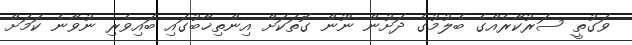
ވަގުތީ ސަރުކާރެއްގެ ބެލުމުގެ ދަށުން ނޫން ގޮތަކަށް އިންތިޚާބުގައި ބައިވެރި ނުވާނެ ކަމަށް